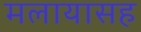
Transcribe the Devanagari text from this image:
मलायासह